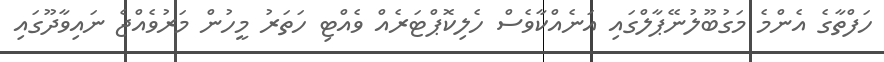
ހަފްތާގެ އެންމެ މަގުބޫލުނޭޕާލްގައި އަނެއްކާވެސް ހެލިކޮޕްޓަރެއް ވެއްޓި ހަތަރު މީހުން މަރުވެއްޖެ ނައިވާދޫގައި